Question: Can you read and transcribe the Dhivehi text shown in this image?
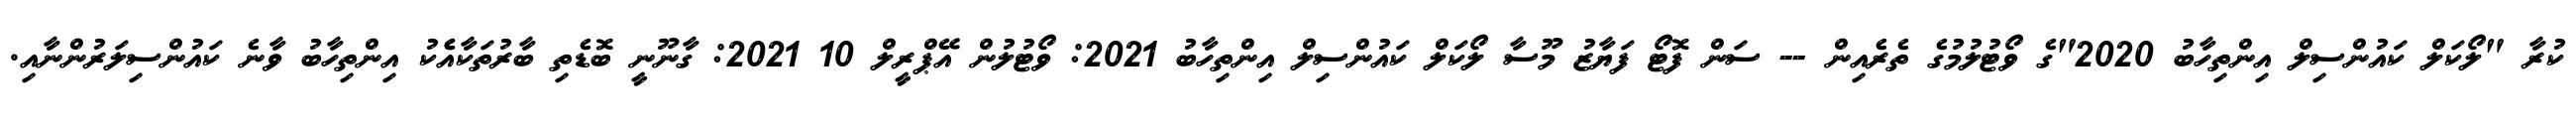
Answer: ކުރާ "ލޯކަލް ކައުންސިލް އިންތިހާބު 2020"ގެ ވޯޓުލުމުގެ ތެރެއިން -- ސަން ފޮޓޯ ފަޔާޒު މޫސާ ލޯކަލް ކައުންސިލް އިންތިހާބު 2021: ވޯޓުލުން އޭޕްރީލް 10 2021: ގާނޫނީ ބޮޑެތި ބާރުތަކާއެެކު އިންތިހާބު ވާނެ ކައުންސިލަރުންނާއި.